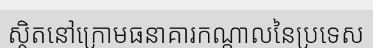
ស្ថិតនៅក្រោមធនាគារកណ្តាលនៃប្រទេស